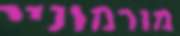
מורמוניי